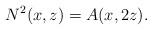
LaTeX: \begin{align*}N^2(x,z)=A(x,2z).\end{align*}